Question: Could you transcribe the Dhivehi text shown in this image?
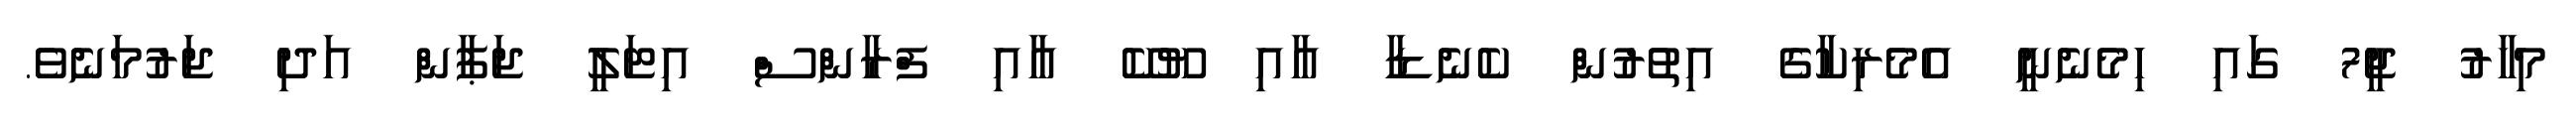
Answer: މިހާރު ޖީ7 ގައި ހިމެނެނީ އެމެރިކާގެ އިތުރުން ކެނެޑާ އާއި ޔޫކޭ އާއި ފްރާންސް އިޓަލީ ޖަޕާން އަދި ޖަރުމަނެވެ.